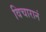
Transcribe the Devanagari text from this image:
विचारानं